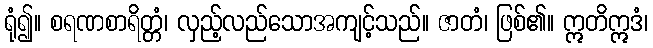
ရုံ၍။ စရဏစာရိတ္တံ၊ လှည့်လည်သောအကျင့်သည်။ ဇာတံ၊ ဖြစ်၏။ ဣတိဣဒံ၊